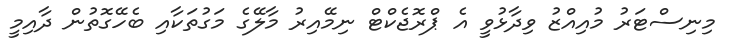
މިނިސްޓަރު މުއިއްޒު ވިދާޅުވީ އެ ޕްރޮޖެކްޓް ނިމޭއިރު މާލޭގެ މަގުތަކާއި ބެހޭގޮތުން ދާއިމީ